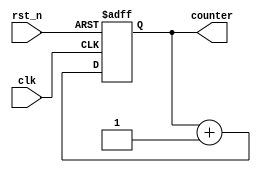
module event_timer(
    input wire clk, // Clock input
    input wire rst_n, // Active low reset input
    output reg [31:0] counter // 32-bit counter output
);

reg [31:0] prev_count;
reg sync_flag;

always @(posedge clk or negedge rst_n) begin
    if (!rst_n) begin
        counter <= 32'h00000000;
        prev_count <= 32'h00000000;
        sync_flag <= 1'b0;
    end else begin
        prev_count <= counter;
        counter <= counter + 1;
        if (sync_flag == 1'b0) begin
            // Synchronization logic here
            // Example: Check for event signal here and set sync_flag high if event is detected
        end
    end
end

endmodule